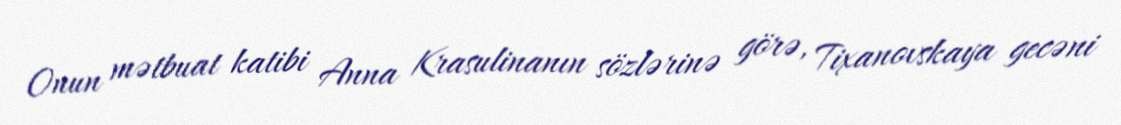
Onun mətbuat katibi Anna Krasulinanın sözlərinə görə, Tixanovskaya gecəni